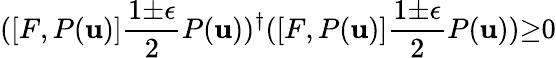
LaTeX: ([F,P(\mathbf{u})]\frac{{1{\pm}{\epsilon}}}{{2}}P(\mathbf{u}))^{\dagger}([F,P(\mathbf{u})]\frac{{1{\pm}{\epsilon}}}{{2}}P(\mathbf{u})){\geq}0